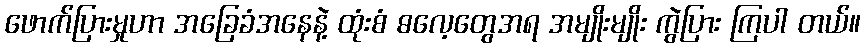
ဖောက်ပြားမှုဟာ အခြေခံအနေနဲ့ ထုံးစံ ဓလေ့တွေအရ အမျိုးမျိုး ကွဲပြား ကြပါ တယ်။